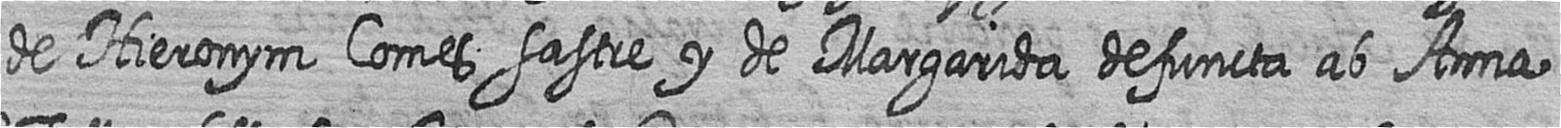
de Hieronym Comes sastre y de Margarida defuncta ab Anna